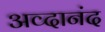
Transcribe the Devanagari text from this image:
अव्दानंद